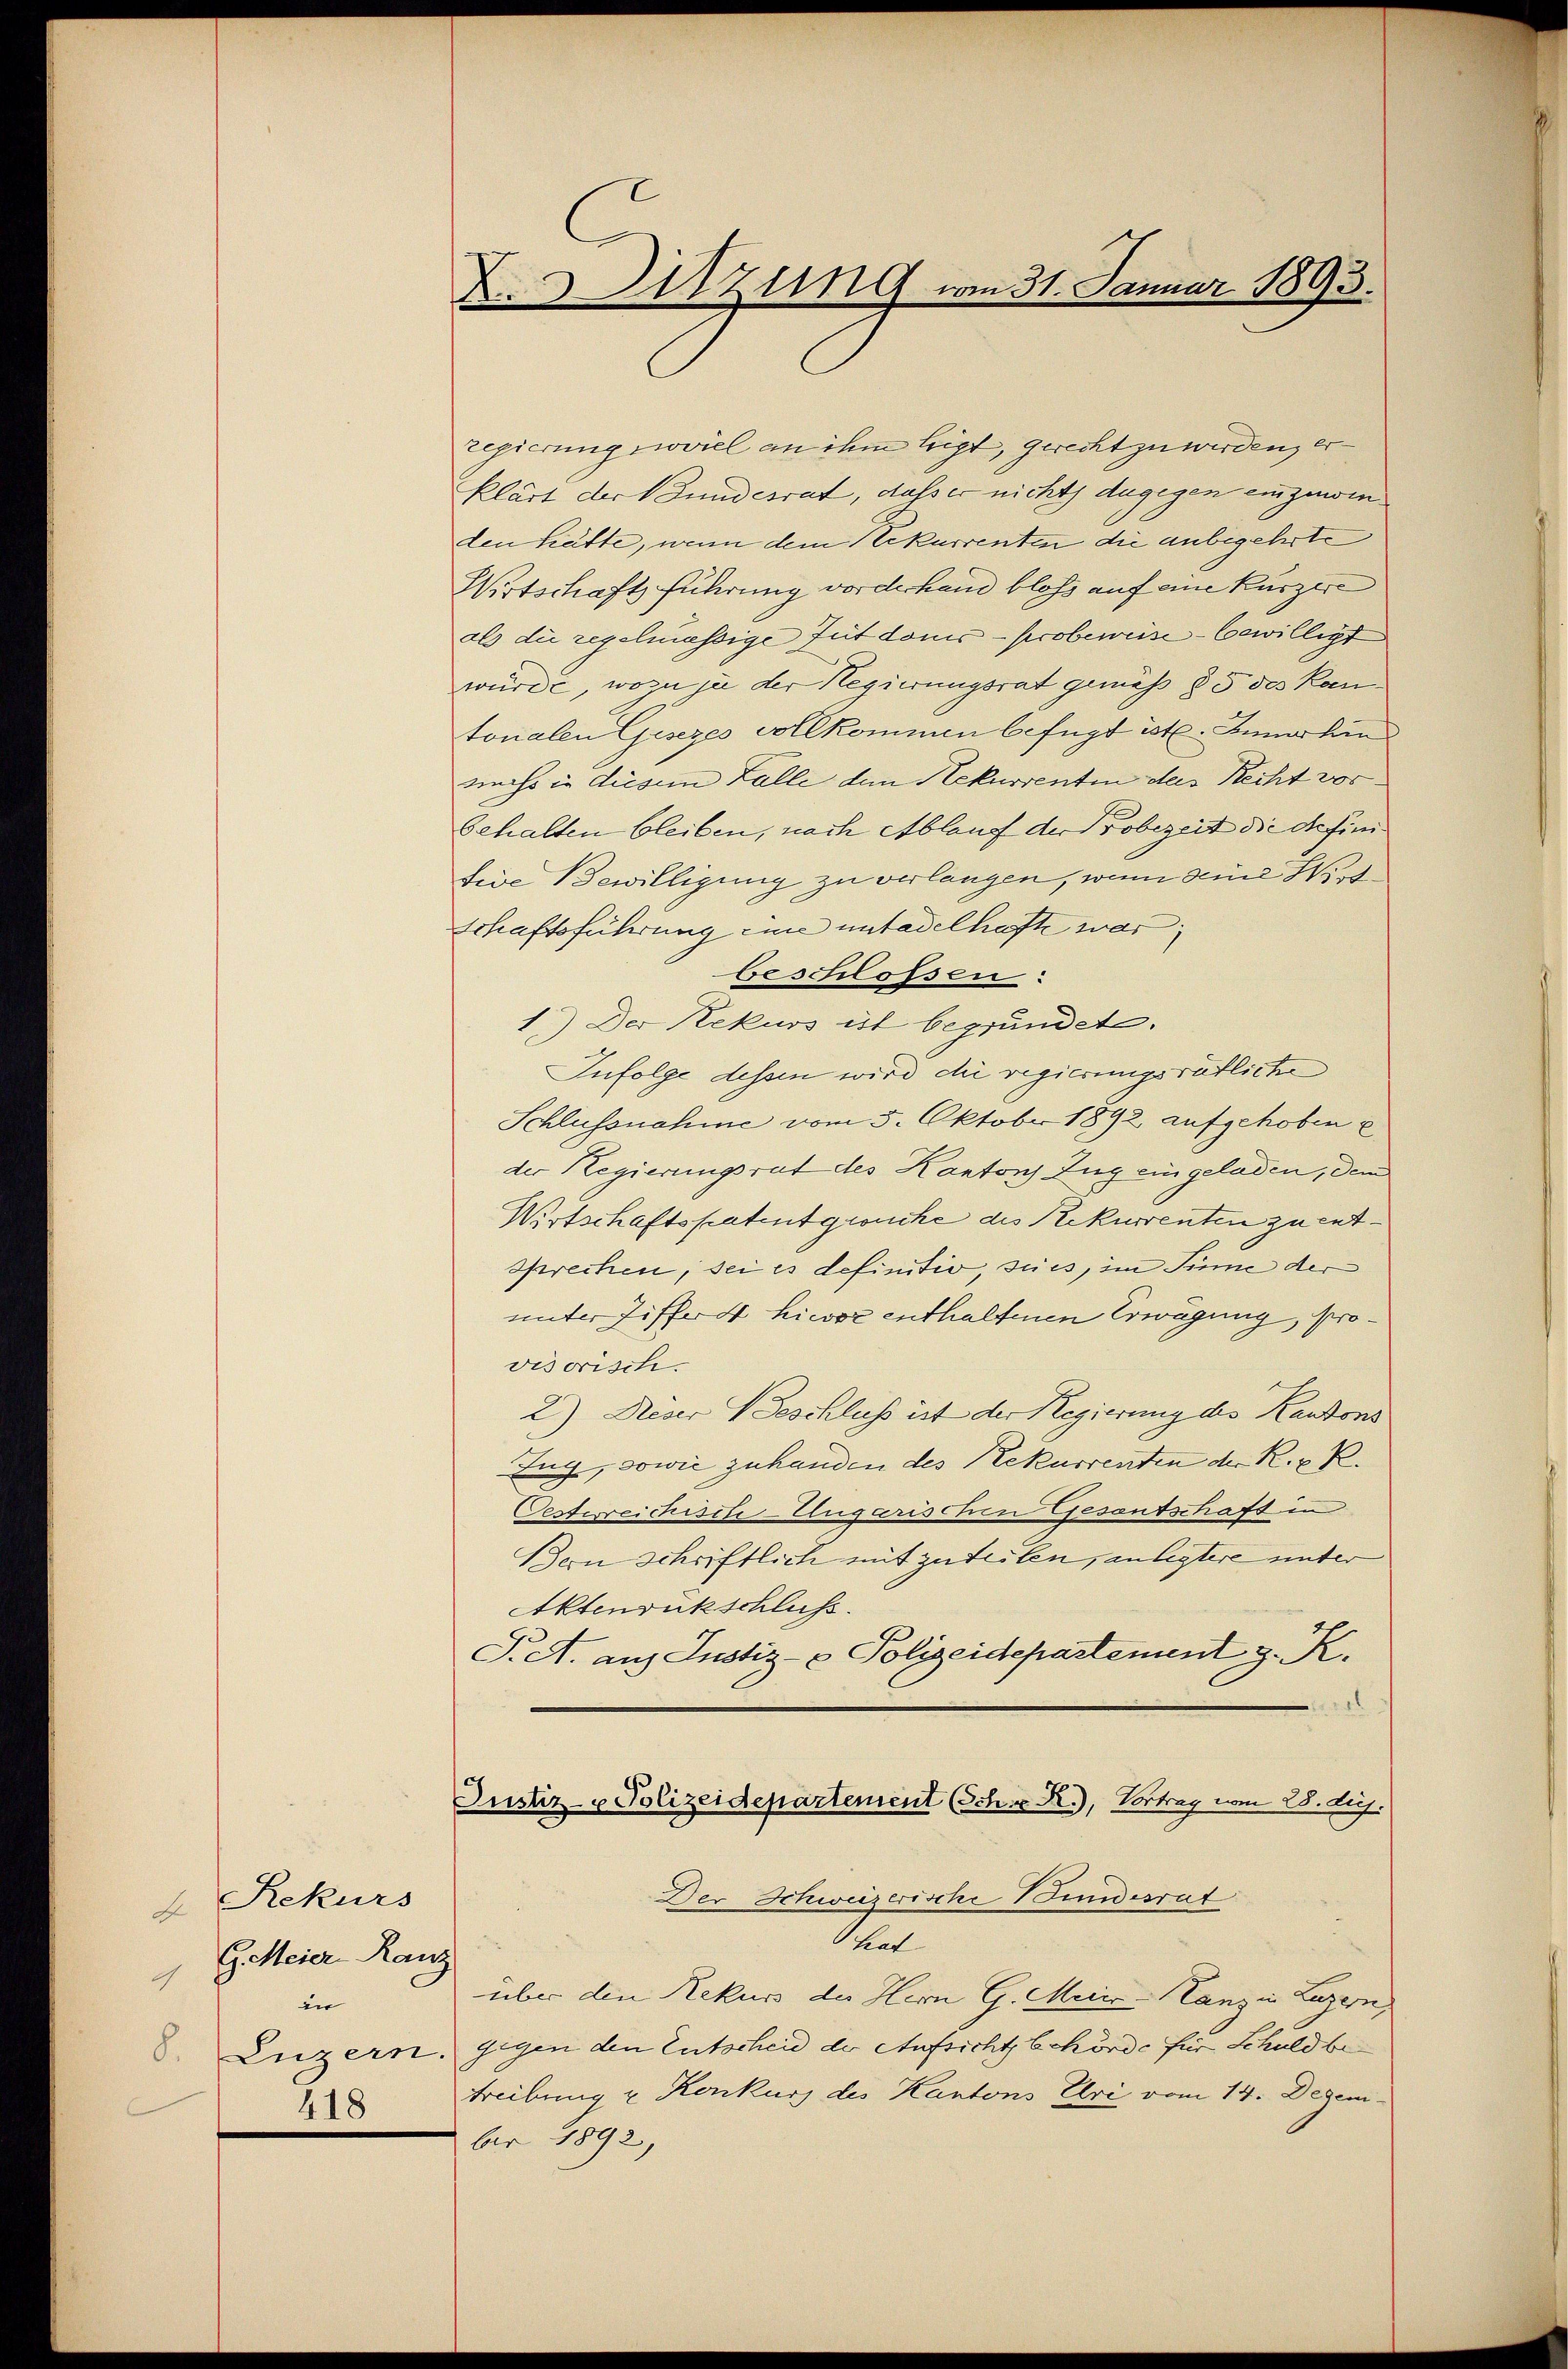
1. Rekurs
G. Meier Kanz
4
in
418

X.Sitzung vom 31. Januar 1893.

regierung proviel an ihm ligt, gerecht zu werden, er¬
Klärt der Bundesrat, dass er nichts dagegen einzuwie
den hätte, wenn dem Rekurrenten die anbegehrte
Wirtschaft führung vorderhand bloss auf eine Kurzere
als die regelmässige Zeit dons - probeweise bewilligt
würde, wozu je der Regierungsrat gemäss § 5 des Kantonalen Gesezes vollkommen befügt ist. Innerhin
nechs in diesem Falle den Hekurrenten des Recht vor
behalten bleiben, nach Ablauf der Gobezeit die defintive Bewilligung zu verlangen, wenn die Wirt
Schaftsführung eine untadelhafte war;
Geschlossen:
1.) Der Rekurs ist begründet.
Infolge dessen wird die regierungsrätliche
Schlussnahme vom 5. Oktober 1892 aufgehoben e
der Regierungsrat des Kantons Zug eingeladen, dem
Wirtschaftspatent gwücke des Rekurrenten zu entsprechen, sei es definitiv, seies, im Sinne der
unter Ziffer hievor enthaltenen Erwägung, provisorisch.
2) Dieser Beschluss ist der Regierung des Kantons
Zug, sowie zuhanden des Rekurrenten der R. P. R.
Oesterreichisch-Ungarischen Gesentschaft in
Bern schriftlich mit zuteilen, anlegtere unter
Aktenrückschluss.
S. A. ans Justiz- & Polizeidepartement z. K.
Justiz- & Polizeidepartement (Sch. R.), Vortrag vom 28. huj.
Der Schweizerische Bundesrat
Leat
über den Rekurs der Hern G. Merić -Hanz in Luzern,
. Luzern, gegen den Entscheid der Aufsicht behörde für Schuld betreibung u Konkurs des Kantons Uri vom 14. Dezember 1892,